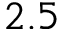
2 . 5